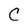
Character: C